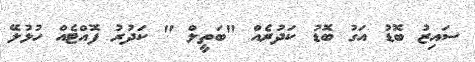
ސައިޒު ބޮޑު އަގު ބޮޑު ކަދުރެއް "ބަތީލް " ކަދުރު ފޮއްޓެއް ހުޅުލޭ